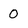
Character: 0